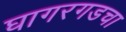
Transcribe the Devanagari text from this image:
घागरगडचा